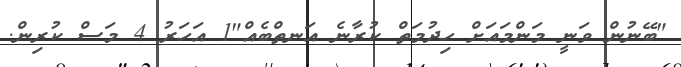
"ބޭނުން ވަނީ މަންމައަށް ހިދުމަތް ކުރާނެ އަނތްބެއް"1 އަހަރު 4 މަސް ކުރިން.